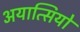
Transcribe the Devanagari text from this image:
अयात्सियो